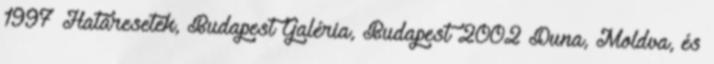
1997 Határesetek, Budapest Galéria, Budapest 2002 Duna, Moldva, és